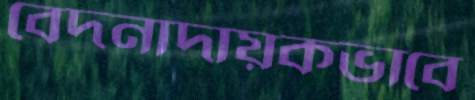
বেদনাদায়কভাবে